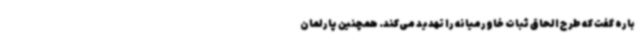
باره گفت که طرح الحاق ثبات خاورمیانه را تهدید می‌کند. همچنین پارلمان